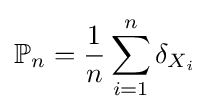
\mathbb {P} _{n}={\frac {1}{n}}\sum _{i=1}^{n}\delta _{X_{i}}